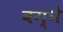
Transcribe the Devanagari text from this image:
बग्ने